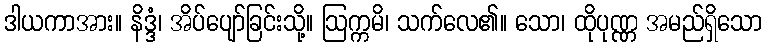
ဒါယကာအား။ နိဒ္ဒံ၊ အိပ်ပျော်ခြင်းသို့။ ဩက္ကမိ၊ သက်လေ၏။ သော၊ ထိုပုဏ္ဏ အမည်ရှိသော